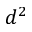
d ^ { 2 }